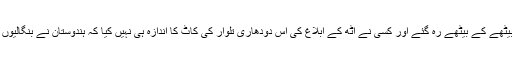
پاکستان کے ڈپلومیٹ اپنے غنے میں بیٹھے کے بیٹھے رہ گئے اور کسی نے اٹھ کے ابلاغ کی اس دودھاری تلوار کی کاٹ کا اندازہ ہی نہیں کیا کہ ہندوستان نے بنگالیوں کے ساتھ مل کر کھیل کیا کھیلا ہے ؟